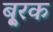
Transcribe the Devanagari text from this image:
बू्रक